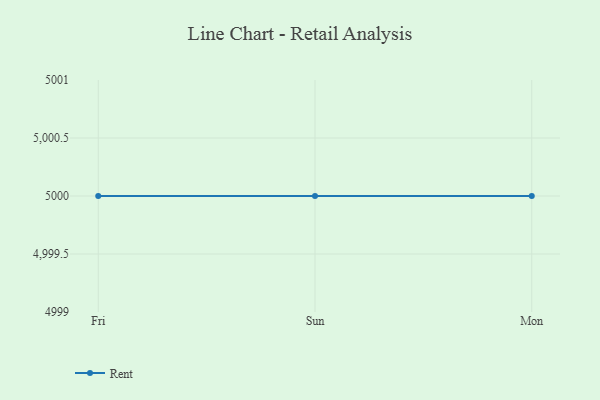
{"axis": {"x": "Day", "y": "Active Users"}, "legend": ["Rent"], "data": [{"x": "Fri", "y": 5000, "type": "Rent"}, {"x": "Sun", "y": 5000, "type": "Rent"}, {"x": "Mon", "y": 5000, "type": "Rent"}]}